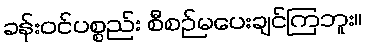
ခန်းဝင်ပစ္စည်း စီစဉ်မပေးချင်ကြဘူး။